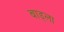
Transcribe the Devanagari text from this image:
बाड्ला